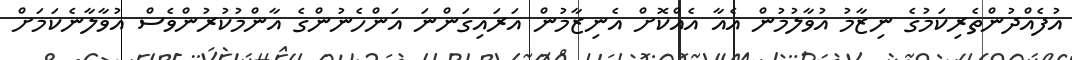
އުފެއްދުންތެރިކަމުގެ ނިޒާމު އުވާލުމުން އެއާ އެއްކޮށް އެނިޒާމުން އަރައިގަންނަ އަންހެނުންގެ އާންމުކުރުންވެސް އުވާލާނެކަމަށް